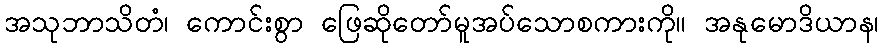
အသုဘာသိတံ၊ ကောင်းစွာ ဖြေဆိုတော်မူအပ်သောစကားကို။ အနုမောဒိယာန၊